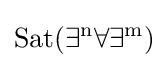
{\rm {{Sat}(\exists ^{n}\forall \exists ^{m})}}